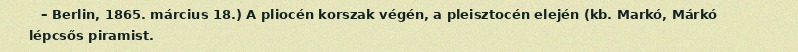
– Berlin, 1865. március 18.) A pliocén korszak végén, a pleisztocén elején (kb. Markó, Márkó lépcsős piramist.